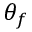
\theta _ { f }